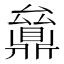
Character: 𠬔